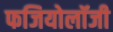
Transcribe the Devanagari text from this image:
फजियोलॉजी